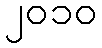
၂၀၁၀